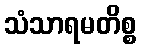
သံသာရမတိစ္စ